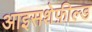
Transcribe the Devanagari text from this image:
आइसशेफ़ील्ड